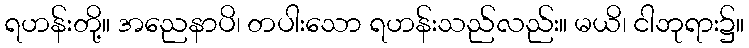
ရဟန်းတို့။ အညေနာပိ၊ တပါးသော ရဟန်းသည်လည်း။ မယိ၊ ငါဘုရား၌။